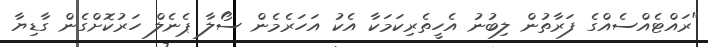
"ރައްޓެއްސެއްގެ ފަރާތުން ލިބުނު އެހީތެރިކަމަކާ އެކު އަހަރެމެން ސޯލާ ޕެނެލް ހަރުކޮށްގެން ގާޑިޔާ